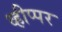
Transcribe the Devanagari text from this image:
व्हीप्पर